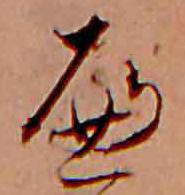
へ